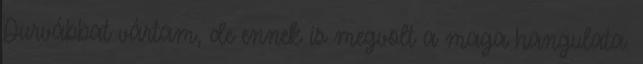
Durvábbat vártam, de ennek is megvolt a maga hangulata.